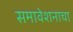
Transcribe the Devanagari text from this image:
समावेशनाचा